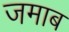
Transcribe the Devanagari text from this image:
जमाब